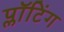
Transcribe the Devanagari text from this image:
प्लॉटिंग